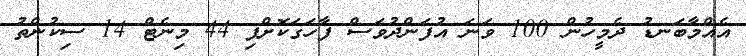
އެއްމާބަނޑު ދެމީހުން 100 ވަނަ އުފަންދުވަސް ފާހަގަކޮށްފި 44 މިނެޓް 14 ސިކުންތު